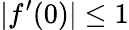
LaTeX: |f^{\prime}(0)|\leq 1